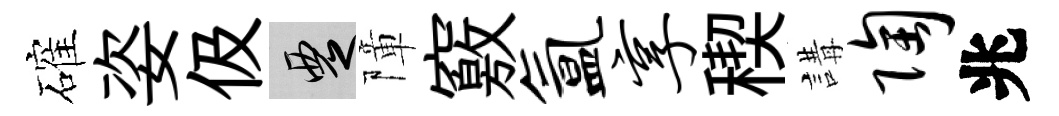
確姿伋覂障竅氲享稧講陶兆